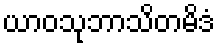
ယာဝသုဘာသိတမိဒံ